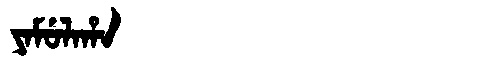
Manchu: ᠶᠠᠮᡠᠯᠠᡥᠠ
Romanization: YAMULAHA